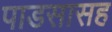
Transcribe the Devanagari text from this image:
पाडसासह